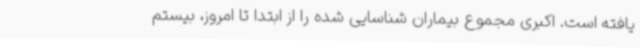
یافته است. اکبری مجموع بیماران شناسایی شده را از ابتدا تا امروز، بیستم